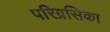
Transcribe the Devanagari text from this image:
परिग्रसिका